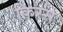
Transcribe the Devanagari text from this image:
क़िस्स